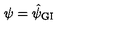
\psi = \hat { \psi } _ { \mathrm { \scriptsize G I } }